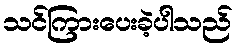
သင်ကြားပေးခဲ့ပါသည်